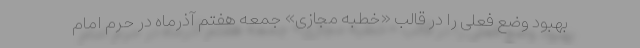
بهبود وضع فعلی را در قالب «خطبه مجازی» جمعه هفتم آذرماه در حرم امام